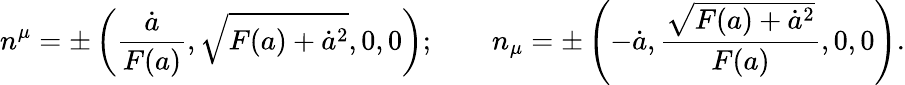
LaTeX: n^{\mu}=\pm\left({\frac{\dot{a}}{F(a)}},\sqrt{F(a)+\dot{a}^{2}},0,0\right);\qquad n_{\mu}=\pm\left(-\dot{a},{\frac{\sqrt{F(a)+\dot{a}^{2}}}{F(a)}},0,0\right).